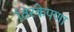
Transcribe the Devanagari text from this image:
तिरकेपणा